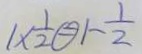
1 \times \frac { 1 } { 2 } \textcircled { = } 1 - \frac { 1 } { 2 }